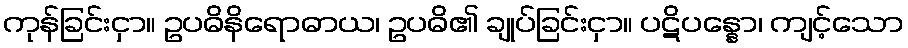
ကုန်ခြင်းငှာ။ ဥပဓိနိရောဓာယ၊ ဥပဓိ၏ ချုပ်ခြင်းငှာ။ ပဋိပန္နော၊ ကျင့်သော